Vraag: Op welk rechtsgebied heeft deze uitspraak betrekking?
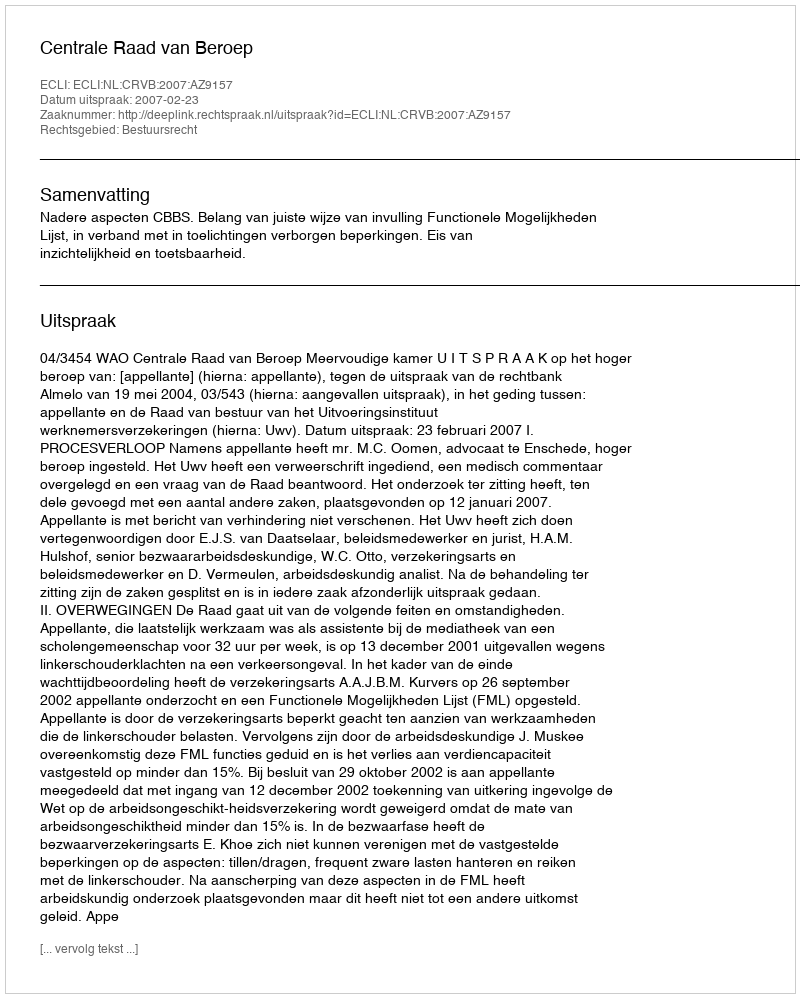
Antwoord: Bestuursrecht